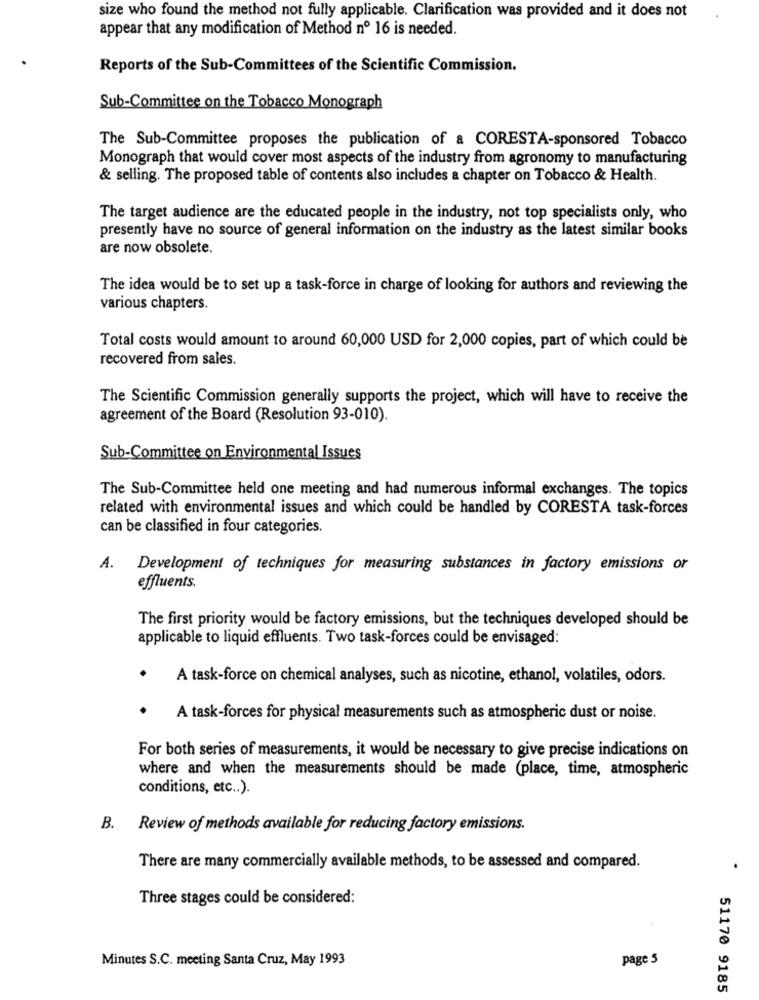
size who found the method not fully applicable. Clarification was provided and it does not
appear that any modification of Method nº 16 is needed.
Reports of the Sub-Committees of the Scientific Commission.
Sub-Committee on the Tobacco Monograph
The Sub-Committee proposes the publication of a CORESTA-sponsored Tobacco
Monograph that would cover most aspects of the industry from agronomy to manufacturing
& selling. The proposed table of contents also includes a chapter on Tobacco & Health.
The target audience are the educated people in the industry, not top specialists only, who
presently have no source of general information on the industry as the latest similar books
are now obsolete.
The idea would be to set up a task-force in charge of looking for authors and reviewing the
various chapters.
Total costs would amount to around 60,000 USD for 2,000 copies, part of which could be
recovered from sales.
The Scientific Commission generally supports the project, which will have to receive the
agreement of the Board (Resolution 93-010).
Sub-Committee on Environmental Issues
The Sub-Committee held one meeting and had numerous informal exchanges. The topics
related with environmental issues and which could be handled by CORESTA task-forces
can be classified in four categories.
A.
Development of techniques for measuring substances in factory emissions or
effluents.
The first priority would be factory emissions, but the techniques developed should be
applicable to liquid effluents. Two task-forces could be envisaged:
A task-force on chemical analyses, such as nicotine, ethanol, volatiles, odors.
A task-forces for physical measurements such as atmospheric dust or noise.
For both series of measurements, it would be necessary to give precise indications on
where and when the measurements should be made (place, time, atmospheric
conditions, etc .. ).
B. Review of methods available for reducing factory emissions.
There are many commercially available methods, to be assessed and compared.
Three stages could be considered:
Minutes S.C. meeting Santa Cruz, May 1993
page 5
51170 9185